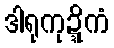
ဒါရုကုဍ္ဍိကံ